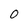
Character: 0